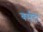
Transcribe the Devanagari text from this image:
बर्सटो